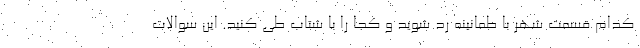
کدام قسمت شهر با طمانینه رد شوید و کجا را با شتاب طی کنید. این سوالات